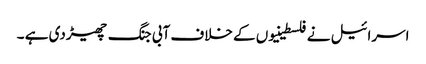
اسرائیل نے فلسطینیوں کے خلاف آبی جنگ چھیڑدی ہے ۔